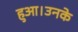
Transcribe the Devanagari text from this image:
हुआ।उनके